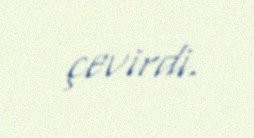
çevirdi.